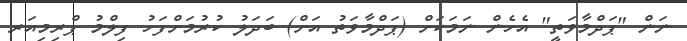
ނަން "ޕަދްމާވަތީ" އެހެން ނަމަކަށް (ޕަދްމާވަތު އަށް) ބަދަލު ކުރުމަށްފަހު ފިލްމު ޕްރިމިއަރ